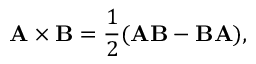
\mathbf { A } \times \mathbf { B } = { \frac { 1 } { 2 } } ( \mathbf { A B } - \mathbf { B A } ) ,